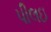
પીલઇ